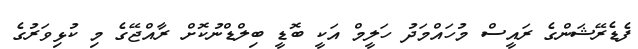
ފެޑެރޭޝަންގެ ރައީސް މުހައްމަދު ހަލީމް އަކީ ބޮޑީ ބިލްޑްނުކޮށް ރާއްޖޭގެ މި ކުޅިވަރުގެ